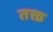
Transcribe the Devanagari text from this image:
तक्त